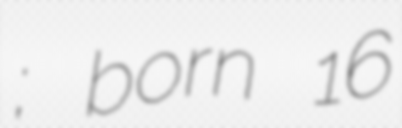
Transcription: Костик; born 16